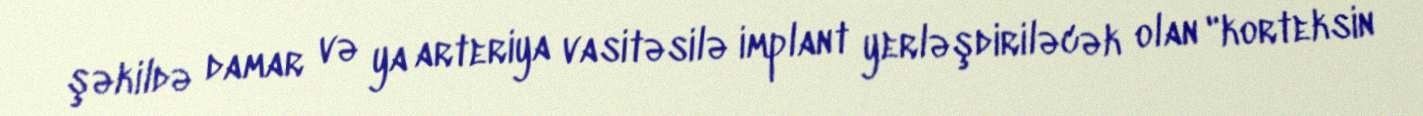
şəkildə damar və ya arteriya vasitəsilə implant yerləşdiriləcək olan "korteksin